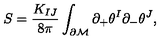
S = \frac { K _ { I J } } { 8 \pi } \int _ { \partial \cal M } \partial _ { + } \theta ^ { I } \partial _ { - } \theta ^ { J } ,